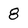
Character: 8